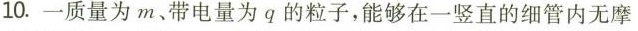
10.一质量为m、带电量为q的粒子，能够在一竖直的细管内无摩